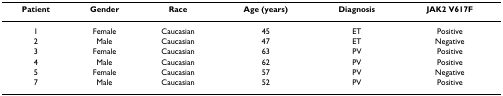
<table><thead><tr><td><b>Patient</b></td><td><b>Gender</b></td><td><b>Race</b></td><td><b>Age (years)</b></td><td><b>Diagnosis</b></td><td><b>JAK2 V617F</b></td></tr></thead><tbody><tr><td>1</td><td>Female</td><td>Caucasian</td><td>45</td><td>ET</td><td>Positive</td></tr><tr><td>2</td><td>Male</td><td>Caucasian</td><td>47</td><td>ET</td><td>Negative</td></tr><tr><td>3</td><td>Female</td><td>Caucasian</td><td>63</td><td>PV</td><td>Positive</td></tr><tr><td>4</td><td>Male</td><td>Caucasian</td><td>62</td><td>PV</td><td>Positive</td></tr><tr><td>5</td><td>Female</td><td>Caucasian</td><td>57</td><td>PV</td><td>Negative</td></tr><tr><td>7</td><td>Male</td><td>Caucasian</td><td>52</td><td>PV</td><td>Positive</td></tr></tbody></table>